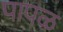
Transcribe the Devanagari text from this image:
पापळ